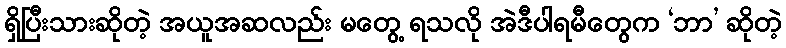
ရှိပြီးသားဆိုတဲ့ အယူအဆလည်း မတွေ့ ရသလို အဲဒီပါရမီတွေက ‘ဘာ’ ဆိုတဲ့